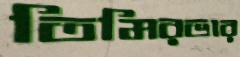
তিমিরভার